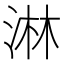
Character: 淋